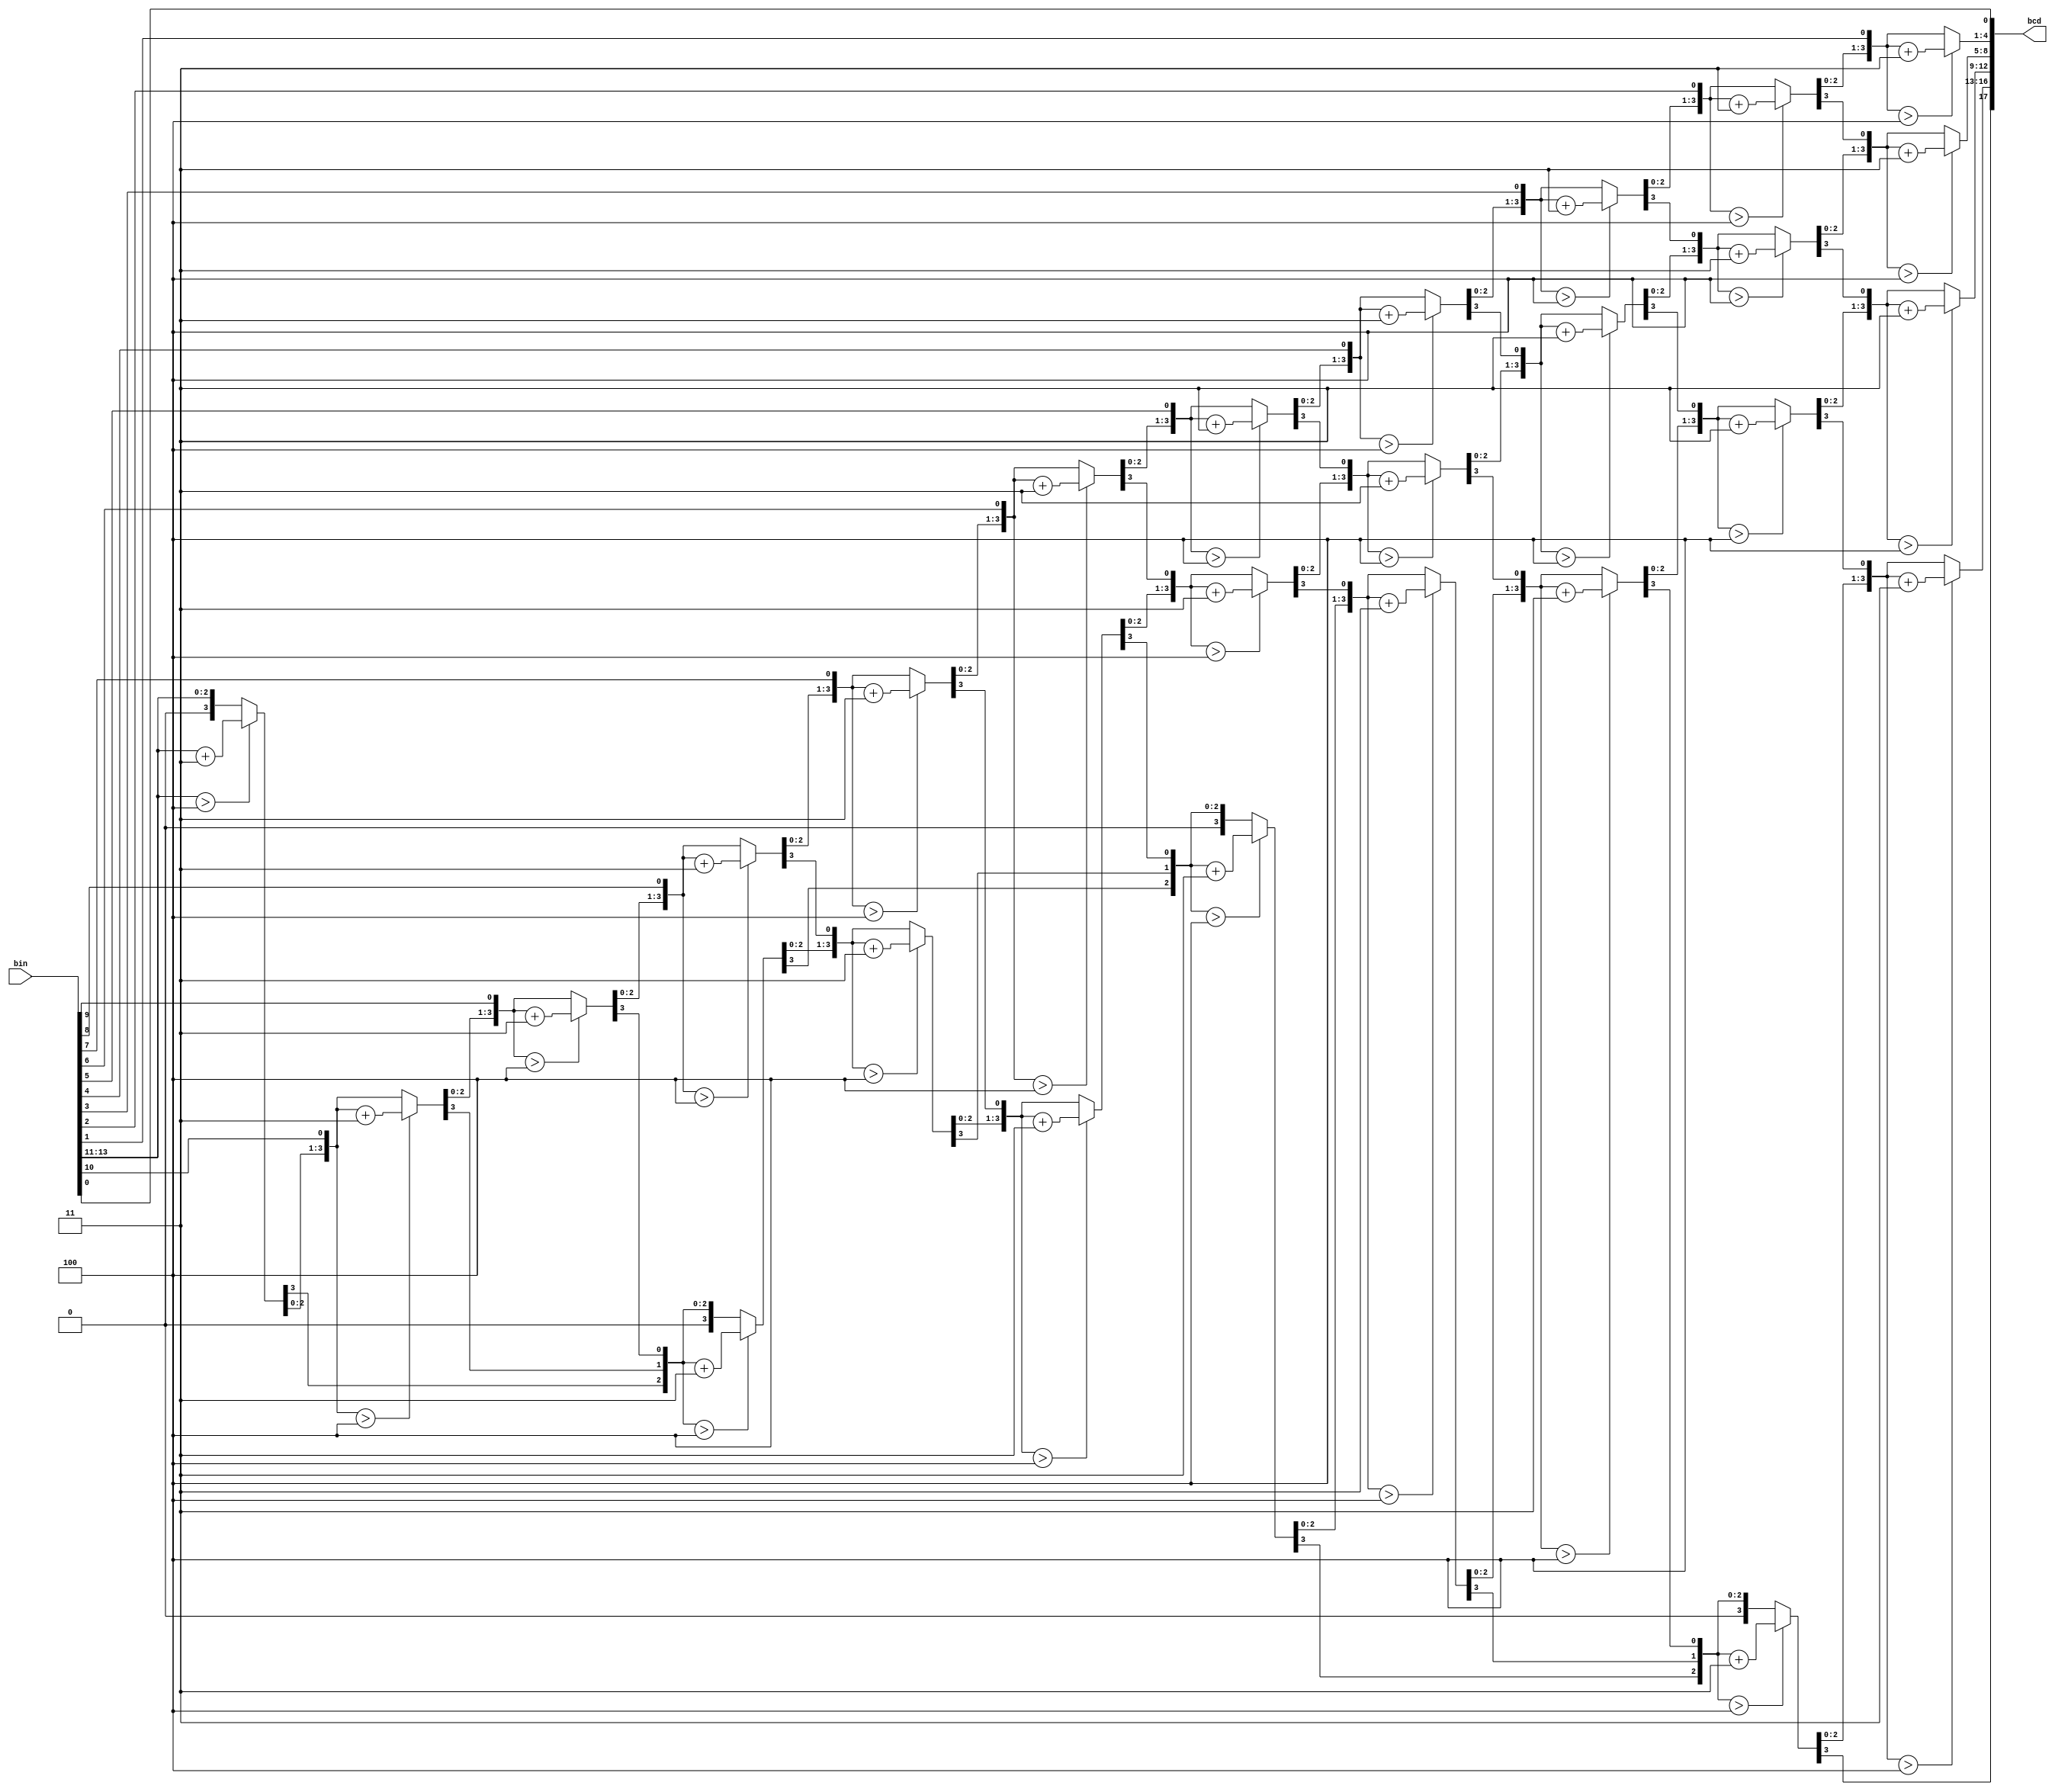
`timescale 1ns / 1ps
//////////////////////////////////////////////////////////////////////////////////
// Company: 
// Engineer: 
// 
// Design Name: 
// Module Name: fifteen_BCD
// Project Name: 
// Target Devices: 
// Tool Versions: 
// Description: 
// 
// Dependencies: 
// 
// Revision:
// Revision 0.01 - File Created
// Additional Comments:
// 
//////////////////////////////////////////////////////////////////////////////////


module fifteen_BCD
 #( parameter                W = 14)  // input width
  ( input      [W-1      :0] bin   ,  // binary
    output reg [W+(W-4)/3:0] bcd   ); // bcd {...,thousands,hundreds,tens,ones}

  integer i,j;

  always @(bin) begin
    for(i = 0; i <= W+(W-4)/3; i = i+1) bcd[i] = 0;     // initialize with zeros
    bcd[W-1:0] = bin;                                   // initialize with input vector
    for(i = 0; i <= W-4; i = i+1)                       // iterate on structure depth
      for(j = 0; j <= i/3; j = j+1)                     // iterate on structure width
        if (bcd[W-i+4*j -: 4] > 4)                      // if > 4
          bcd[W-i+4*j -: 4] = bcd[W-i+4*j -: 4] + 4'd3; // add 3
  end

endmodule